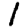
Digit: 1